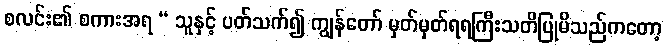
စလင်း၏ စကားအရ “ သူနှင့် ပတ်သက်၍ ကျွန်တော် မှတ်မှတ်ရရကြီးသတိပြုမိသည်ကတော့